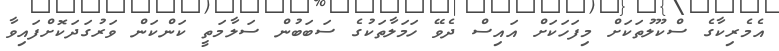
އެމެރިކާގެ ސްކޫލުތަކަށް މިފަހަކަށް އައިސް ދެވޭ ހަމަލާތަކުގެ ސަބަބުން ސަލާމަތީ ކަންކަން ވަރުގަދަކޮށްފައިވާ